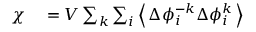
\begin{array} { r l } { \chi } & { { } = V \sum _ { k } \sum _ { i } \left\langle \, \Delta \phi _ { i } ^ { - k } \Delta \phi _ { i } ^ { k } \, \right\rangle } \end{array}